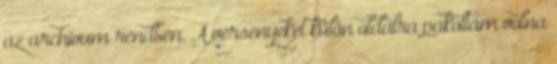
az archívum rendben. A versenyeket külön oldalra pakoltam volna